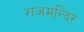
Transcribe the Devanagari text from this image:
राजमन्दिर